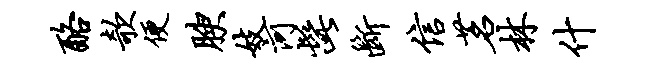
酪欹便腴妓河髭断信茗林什